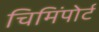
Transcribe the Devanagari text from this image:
चिमिंपोर्ट